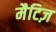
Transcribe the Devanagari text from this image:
मैटिज़